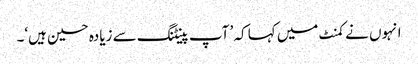
انہوں نے کمنٹ میں کہا کہ ’ آپ پینٹنگ سے زیادہ حسین ہیں‘۔